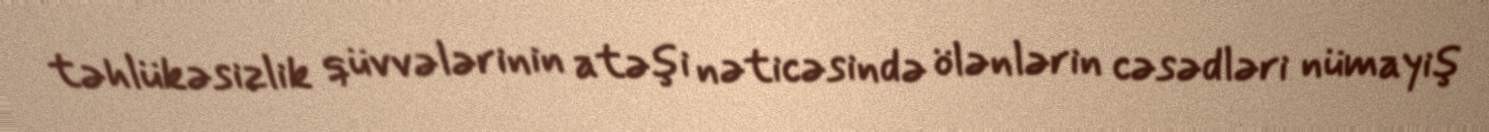
təhlükəsizlik qüvvələrinin atəşi nəticəsində ölənlərin cəsədləri nümayiş